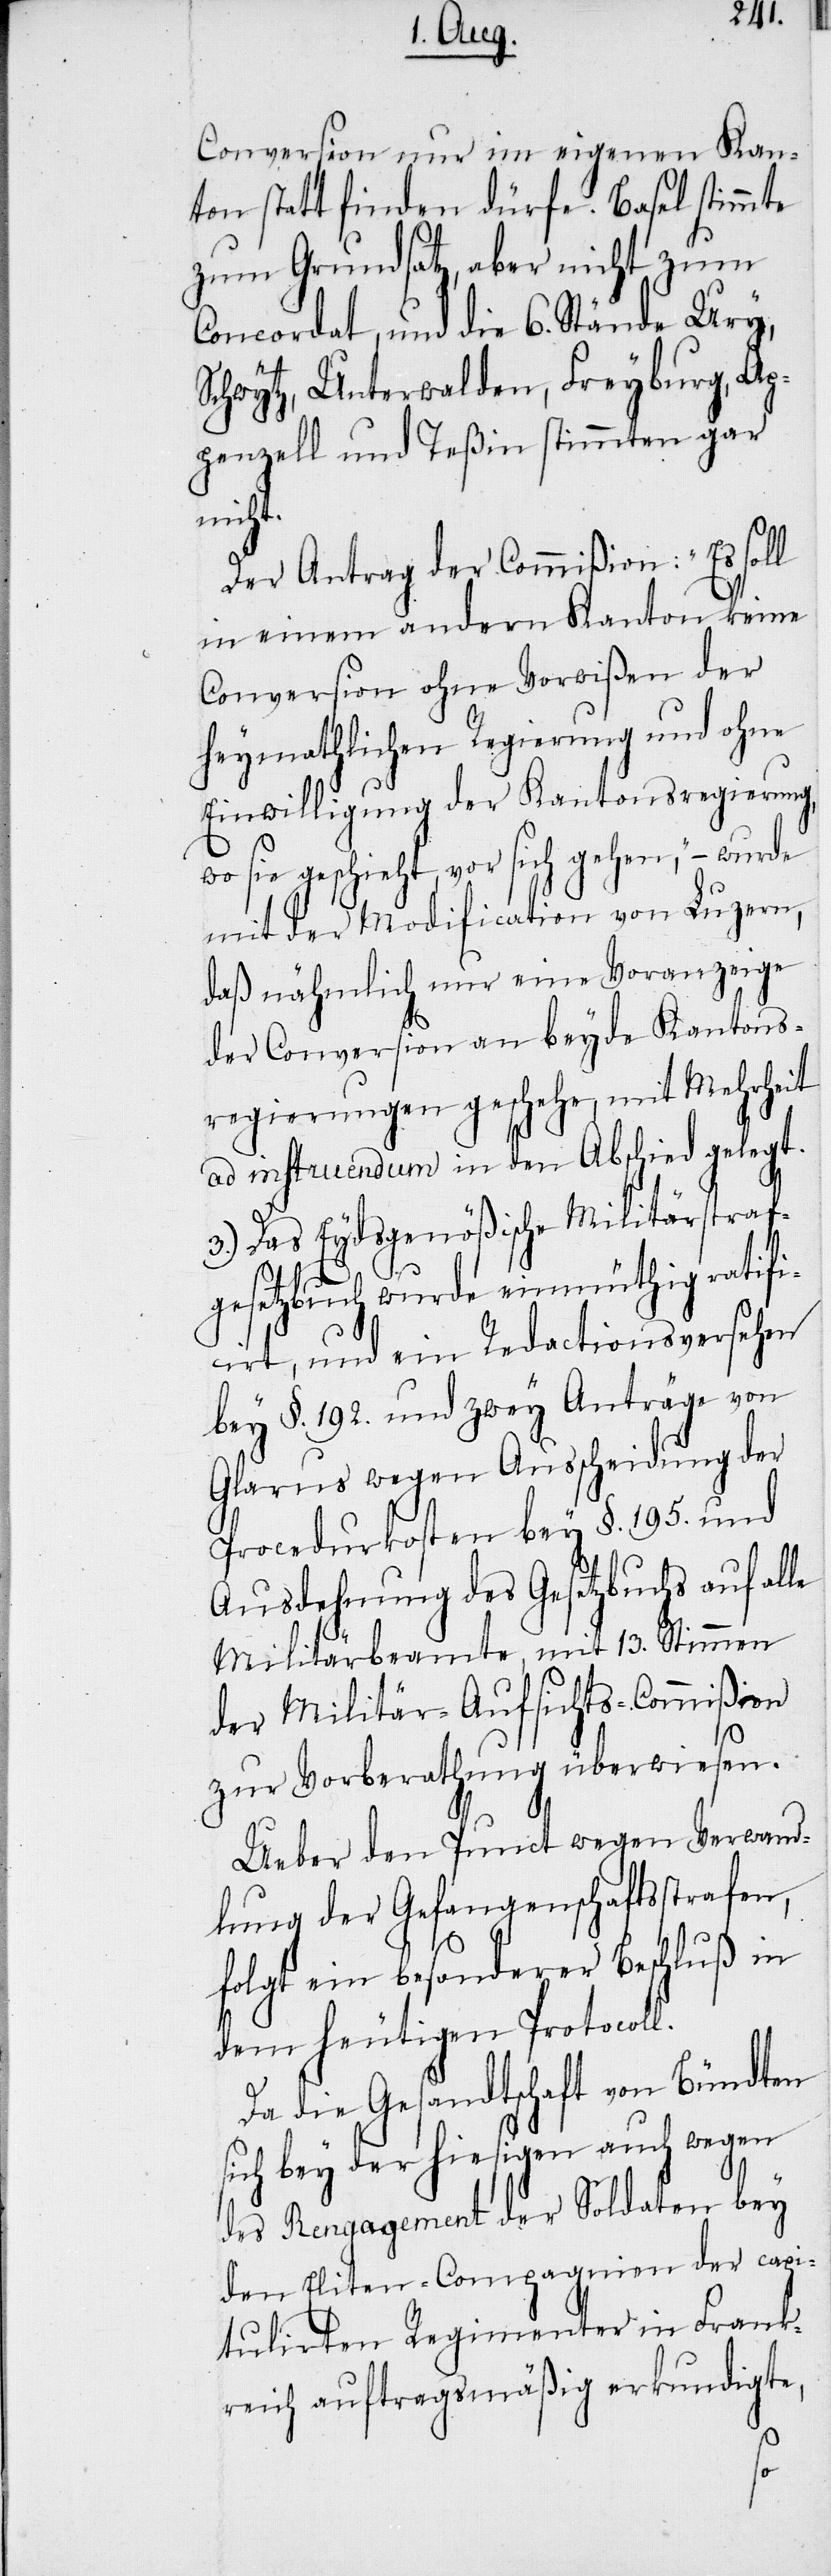
Conversion nur im eigenen Kan¬
ton statt finden dürfe. Basel stimmte
zum Grundsatz, aber nicht zum
Concordat, und die 6. Stände Ury,
Schwytz, Unterwalden, Freyburg, Ap¬
penzell und Teßin stimmten gar
nicht.
Der Antrag der Commißion: „Es soll
in einem andern Kanton keine
Conversion ohne Vorwißen der
heymathlichen Regierung und ohne
Einwilligung der Kantonsregierung,
wo sie geschieht, vor sich gehen,“ – wurde
mit der Modification von Luzern,
daß nähmlich nur eine Voranzeige
der Conversion an beyde Kantons¬
regierungen geschehe, mit Mehrheit
ad instruendum in den Abschied gelegt.
3.) Das Eydsgenößische Militärstraf¬
gesetzbuch wurde einmüthig ratifi¬
cirt, und ein Redactionsversehen
bey §. 192. und zwey Anträge von
Glarus wegen Ausscheidung der
Procedurkosten bey §. 195. und
Ausdehnung des Gesetzbuchs auf alle
Militärbeamte, mit 13. Stimmen
der Militär-Aufsichts-Commißion
zur Vorberathung überwiesen.
Ueber den Punct wegen Verwand¬
lung der Gefangenschaftsstrafen,
folgt ein besonderer Beschluß in
dem heutigen Protocoll.
Da die Gesandtschaft von Bündten
sich bey der hiesigen auch wegen
des Rengagement der Soldaten bey
den Eliten-Compagnien der capi¬
tulirten Regimenter in Frank¬
reich auftragsmäßig erkundigte,